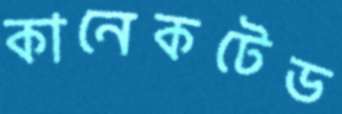
কানেকটেড